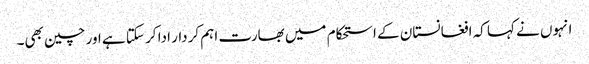
انہوں نے کہا کہ افغانستان کے استحکام میں بھارت اہم کردار ادا کر سکتا ہے اور چین بھی۔